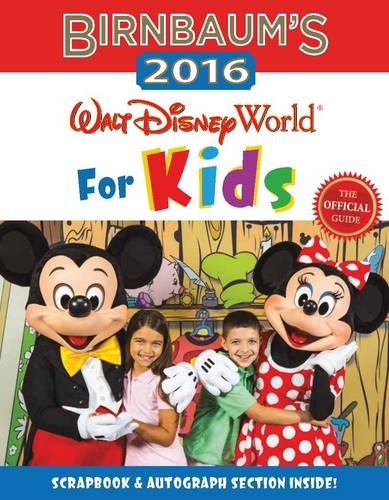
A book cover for Birnbaum's 2016 Walt Disney World For Kids: The Official Guide (Birnbaum Guides); Birnbaum Guides; Children's Books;